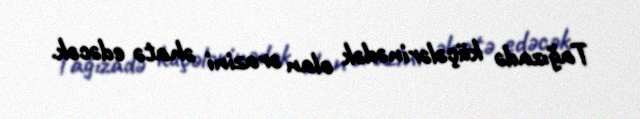
Tağızadə küçələrinədək olan ərazini əhatə edəcək.